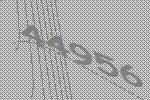
44956